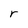
Character: r